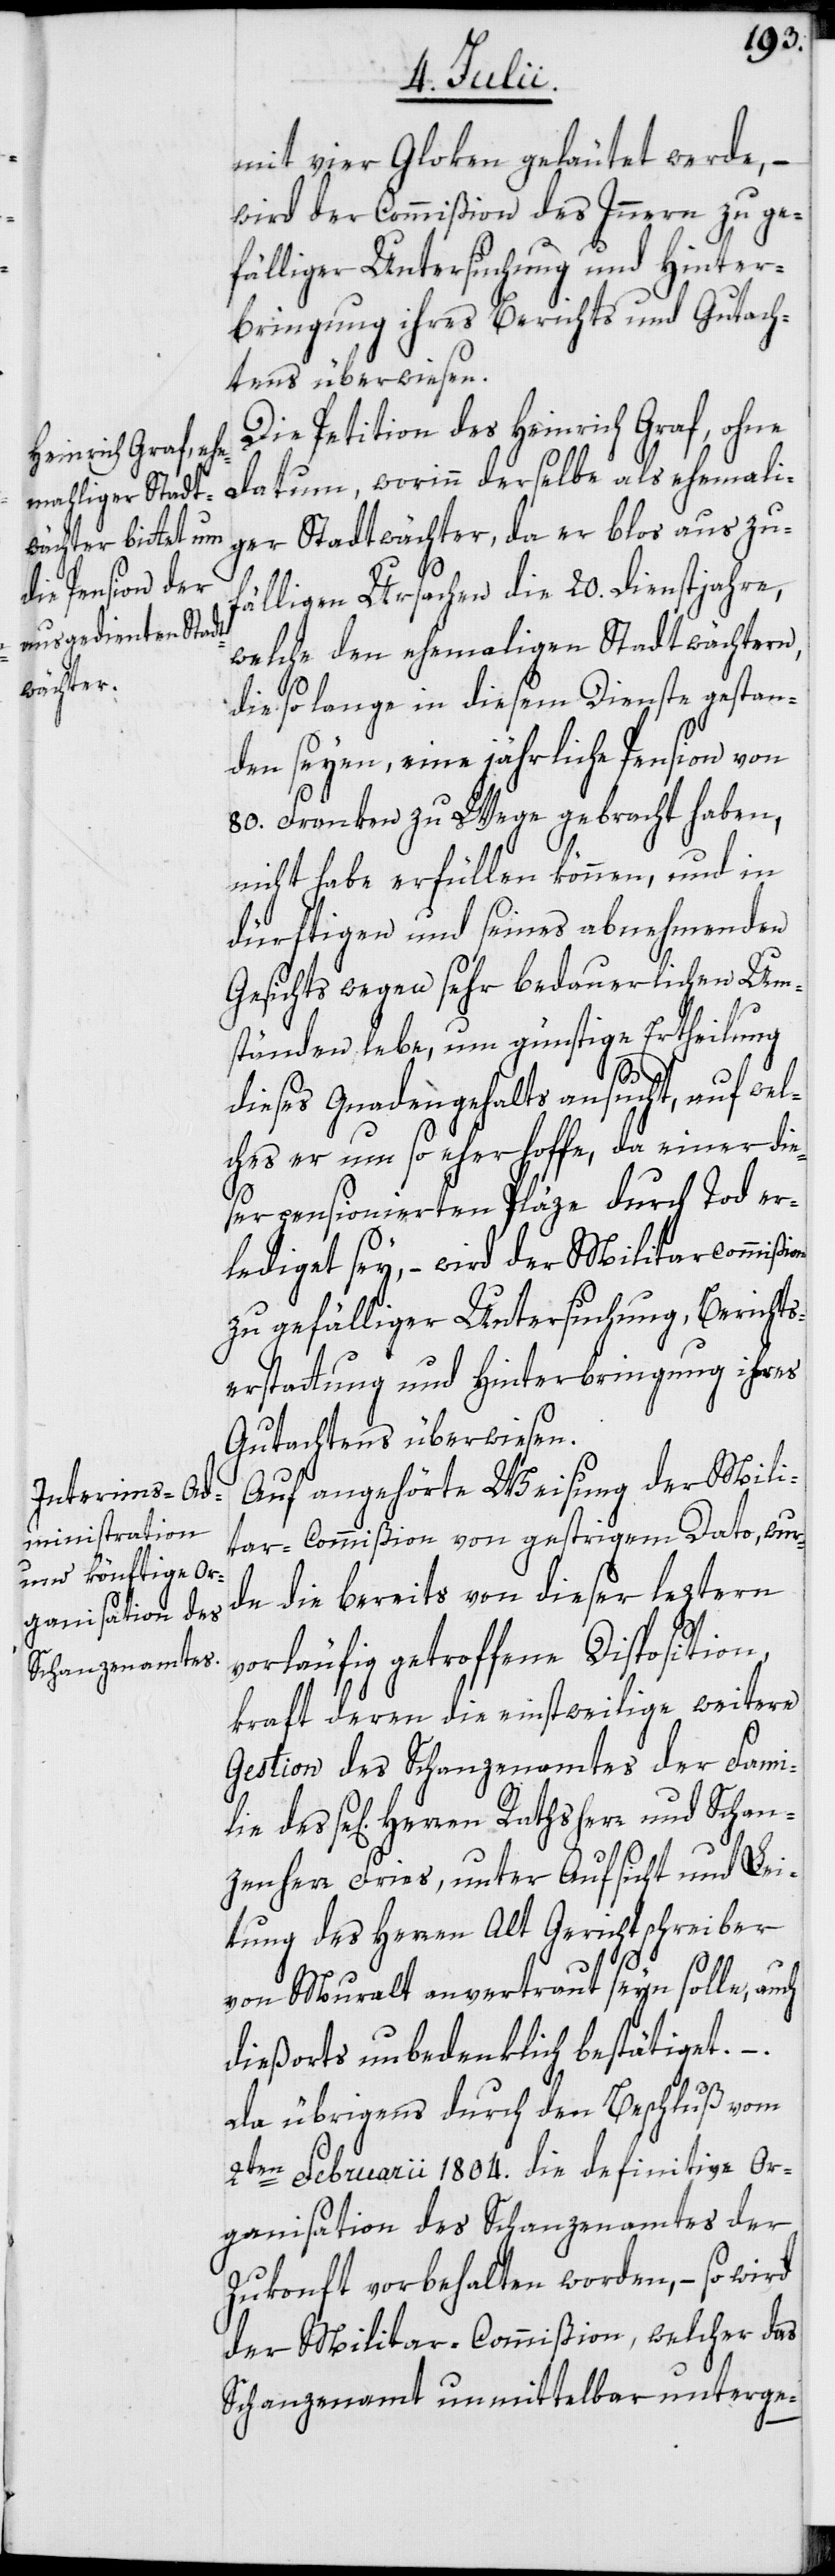
mit vier Gloken geläutet werde, –
wird der Commißion des Innern zu ge¬
fälliger Untersuchung und Hinter¬
bringung ihres Berichts und Gutach¬
tens überwiesen.
Die Petition des Heinrich Graf, ohne
Datum, worinn derselbe als ehemali¬
ger Stadtwächter, da er blos aus zu¬
fälligen Ursachen die 20. Dienstjahre,
welche den ehemaligen Stadtwächtern,
die so lange in diesem Dienste gestan¬
den seyen, eine jährliche Pension von
80. Franken zu Wege gebracht haben,
nicht habe erfüllen können, und in
dürftigen und seines abnehmenden
Gesichts wegen sehr bedauerlichen Um¬
ständen lebe, um günstige Ertheilung
Schan¬
dieses Gnadengehalts ansucht, auf wel¬
ches er um so eher hoffe, da einer die¬
on
ser pensionierten Pläze durch Tod er¬
lediget sey, – wird der Militarcommißi¬
zu gefälliger Untersuchung, Berichts¬
erstattung und Hinterbringung ihres
Gutachtens überwiesen.
Auf angehörte Weisung der Mili¬
tar-Commißion von gestrigem Dato, wur¬
de die bereits von dieser leztern
vorläufig getroffene Disposition,
kraft deren die einstweilige weitere
Gestion des Schanzenamtes der Familie
zenherr Fries, unter Aufsicht und Lei¬
tung des Herren Alt Gerichtschreiber
von Muralt anvertraut seyn solle, auch
dießorts unbedenklich bestätiget. –
Da übrigens durch den Beschluß vom
2ten Februarii 1804. die definitive Or¬
ganisation des Schanzenamtes der
Zukonft vorbehalten worden, – so wird
der Militar-Commißion, welcher das
Schanzenamt unmittelbar unterge-